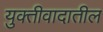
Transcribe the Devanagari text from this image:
युक्तीवादातील